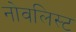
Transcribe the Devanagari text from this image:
नोवलिस्ट